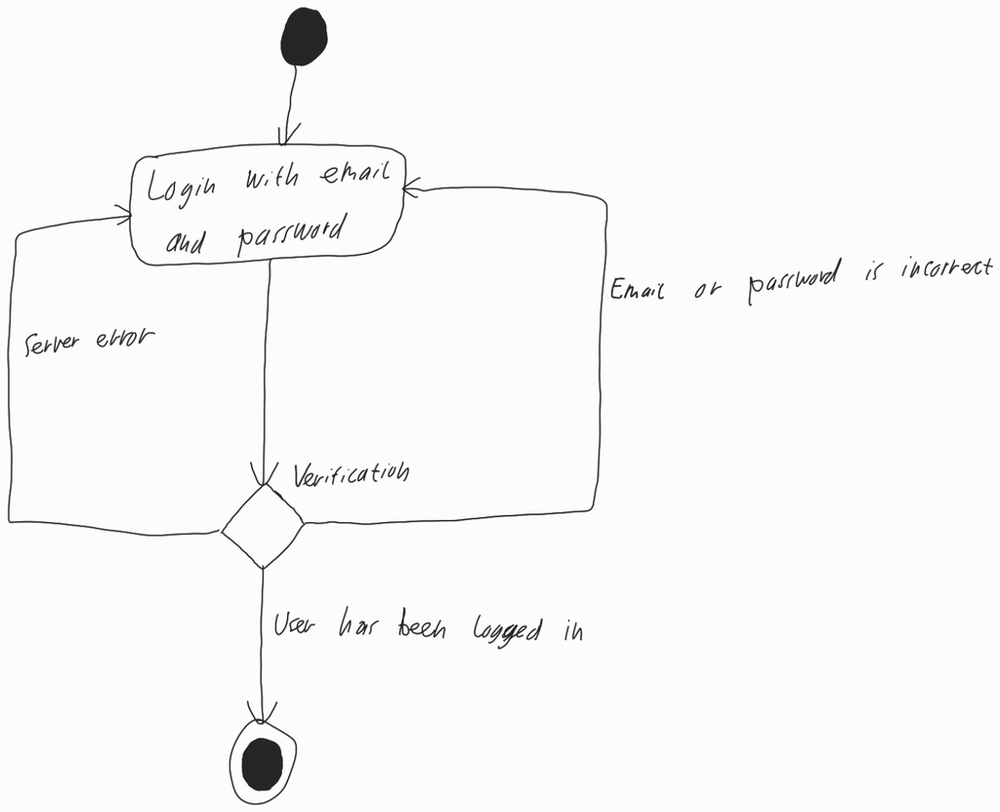
Diagram type: activity_diagram
```plantuml
@startuml

start

repeat
  repeat:Login with email and password;
  repeat while (Verification) is (Email or password is incorrect)
repeat while () is (Server error) not (User has been logged in)

stop

@enduml
```